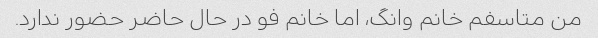
من متاسفم خانم وانگ، اما خانم فو در حال حاضر حضور ندارد.